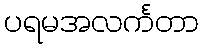
ပရမအလင်္ကတာ